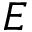
E